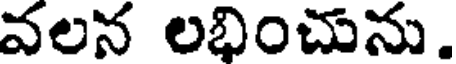
వలన లభించును.